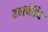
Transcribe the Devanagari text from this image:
ग्यानेद्रिय